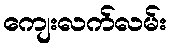
ကျေးလက်လမ်း